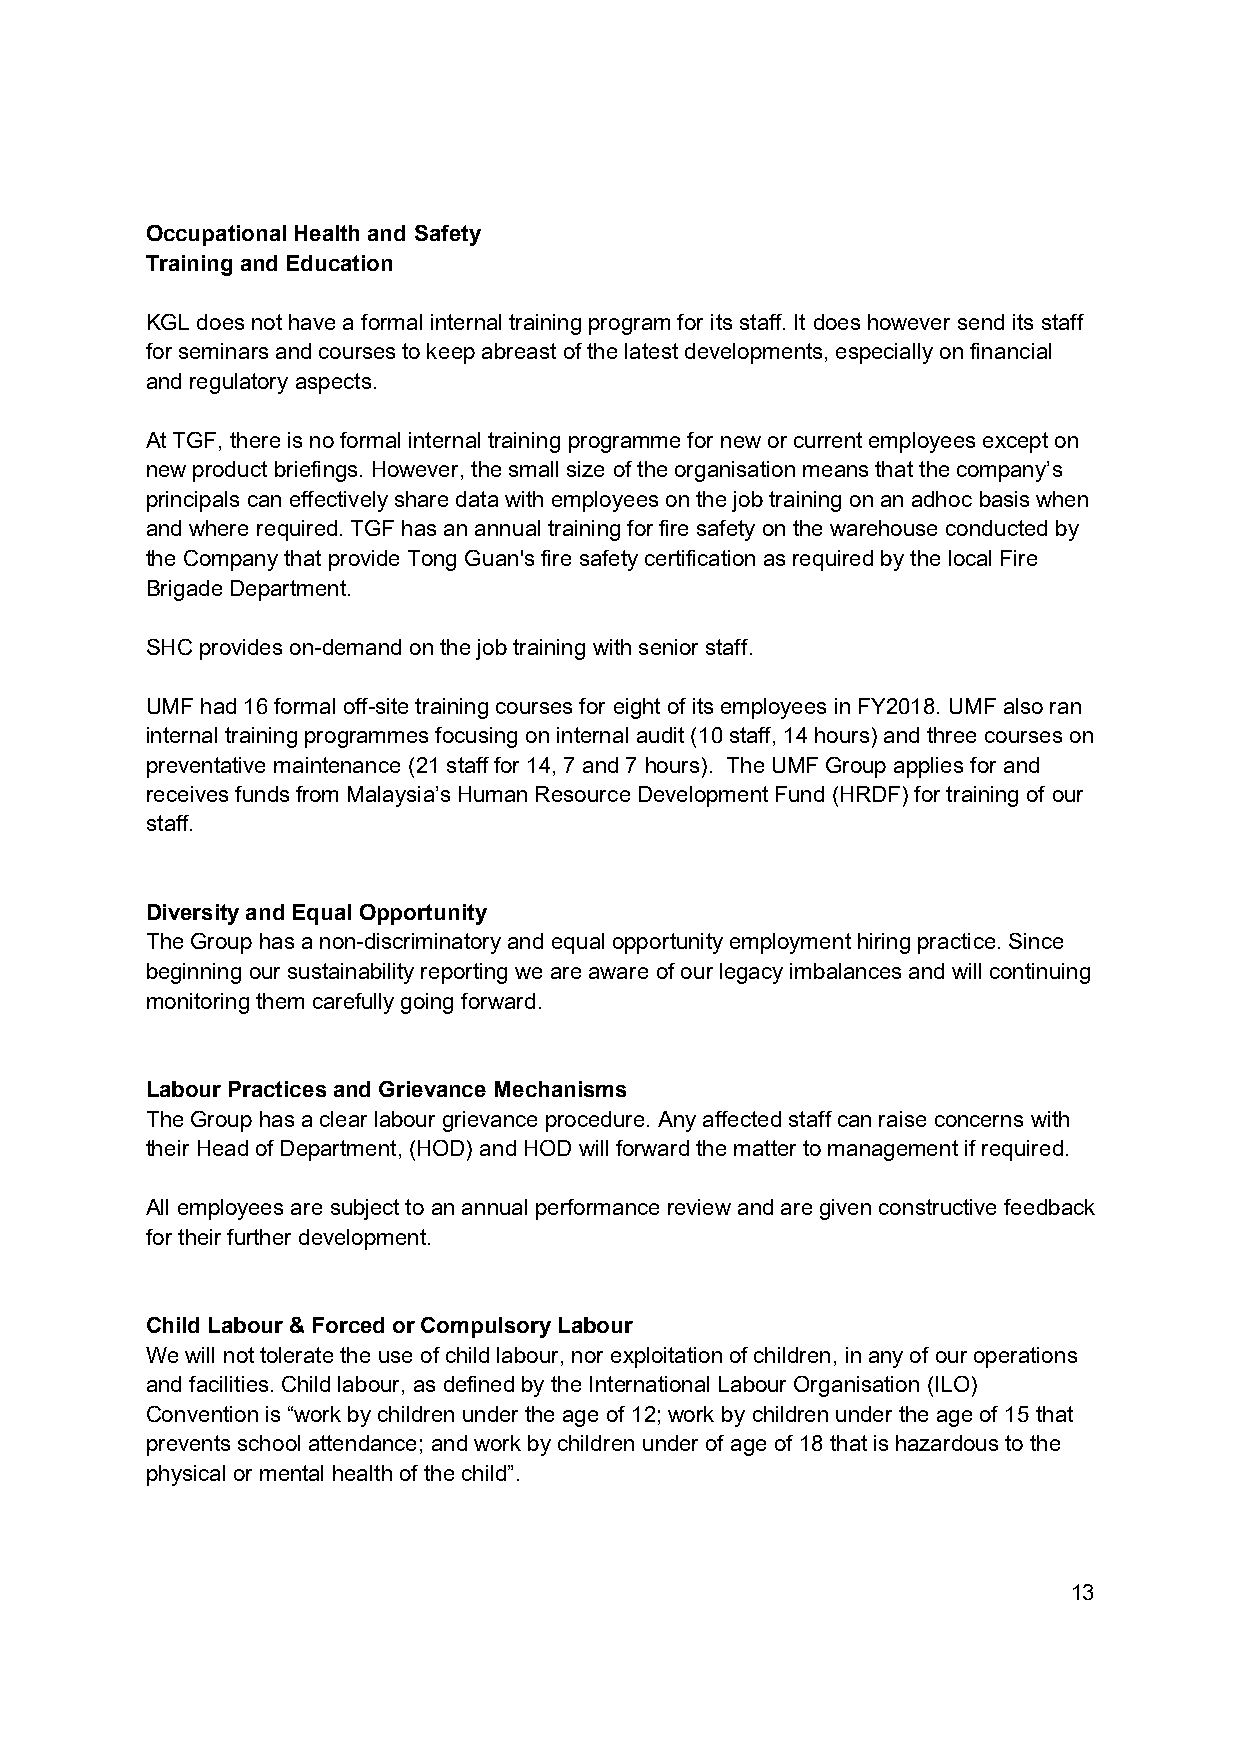
Occupational Health and Safety
 Training and Education
 KGL does not have a formal internal training program for its staff. It does however send its staff
 for seminars and courses to keep abreast of the latest developments, especially on financial
 and regulatory aspects.
 At TGF, there is no formal internal training programme for new or current employees except on
 new product briefings. However, the small size of the organisation means that the company’s
 principals can effectively share data with employees on the job training on an adhoc basis when
 and where required. TGF has an annual training for fire safety on the warehouse conducted by
 the Company that provide Tong Guan's fire safety certification as required by the local Fire
 Brigade Department.
 SHC provides on-demand on the job training with senior staff.
 UMF had 16 formal off-site training courses for eight of its employees in FY2018. UMF also ran
 internal training programmes focusing on internal audit (10 staff, 14 hours) and three courses on
 preventative maintenance (21 staff for 14, 7 and 7 hours). The UMF Group applies for and
 receives funds from Malaysia’s Human Resource Development Fund (HRDF) for training of our
 staff.
 Diversity and Equal Opportunity
 The Group has a non-discriminatory and equal opportunity employment hiring practice. Since
 beginning our sustainability reporting we are aware of our legacy imbalances and will continuing
 monitoring them carefully going forward.
 Labour Practices and Grievance Mechanisms
 The Group has a clear labour grievance procedure. Any affected staff can raise concerns with
 their Head of Department, (HOD) and HOD will forward the matter to management if required.
 All employees are subject to an annual performance review and are given constructive feedback
 for their further development.
 Child Labour & Forced or Compulsory Labour
 We will not tolerate the use of child labour, nor exploitation of children, in any of our operations
 and facilities. Child labour, as defined by the International Labour Organisation (ILO)
 Convention is “work by children under the age of 12; work by children under the age of 15 that
 prevents school attendance; and work by children under of age of 18 that is hazardous to the
 physical or mental health of the child”.
 13